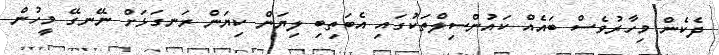
ދެކެން މިހާރުވެސް ބައެއް ކައުންސިލްތަކުގައި އެބަތިބި ލިޔަން ކިޔަން ރަނގަޅަށް ނޭނގޭ މީހުން